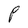
Character: P